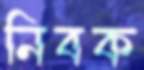
নিবক